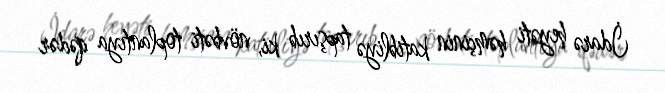
İdarə heyəti həmçinin katibliyə tapşırıb ki, növbəti toplantıya qədər